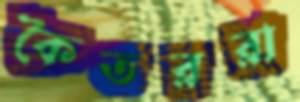
কৈতররা